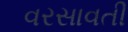
વરસાવતી